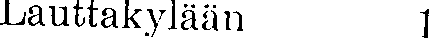
Lauttakylään 1